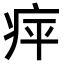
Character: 𤵣